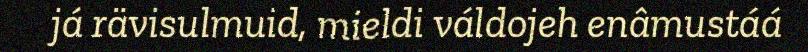
já rävisulmuid, mieldi váldojeh enâmustáá